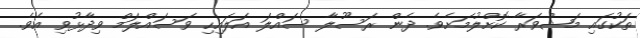
ތަކުގައި މަޝްވަރާ ކޮށްލުމަށެވެ. ދެން ރަސޫލާ ސައްލަ އަލައިހި ވަސައްލަމް ވިދާޅުވި އެވެ.